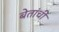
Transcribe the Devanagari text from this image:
बेतांची